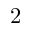
2